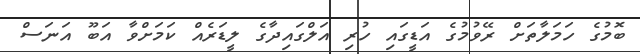
ބޮމުގެ ހަމަލާތަށް ރޭވުމުގެ އަޑީގައި ހުރި އަލްގައިދާގެ ލީޑަރެއް ކަމަށްވާ އަބޫ އަނަސް